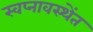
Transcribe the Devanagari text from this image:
स्वप्नावस्थेंत